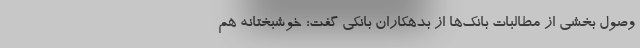
وصول بخشی از مطالبات بانک‌ها از بدهکاران بانکی گفت: خوشبختانه هم‌